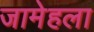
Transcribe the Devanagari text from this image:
जामेहला